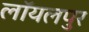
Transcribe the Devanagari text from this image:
लॉयलपुर